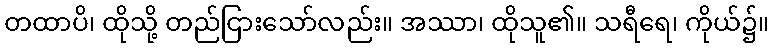
တထာပိ၊ ထိုသို့ တည်ငြားသော်လည်း။ အဿာ၊ ထိုသူ၏။ သရီရေ၊ ကိုယ်၌။